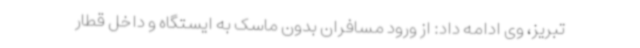
تبریز، وی ادامه داد: از ورود مسافران بدون ماسک به ایستگاه و داخل قطار